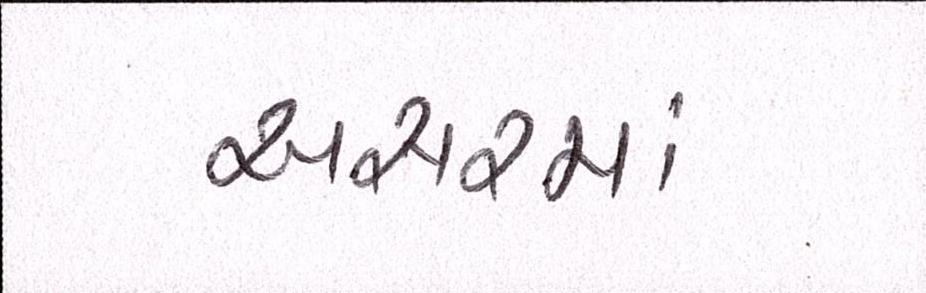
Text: અસરમાં